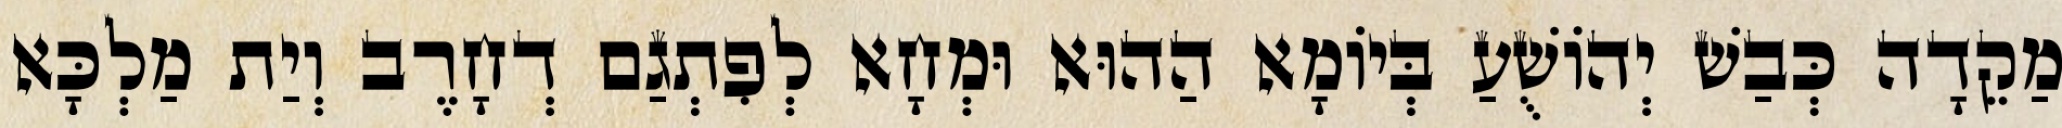
מַקֵדָה כְּבַשׁ יְהוֹשֻׁעַ בְּיוֹמָא הַהוּא וּמְחָא לְפִתְגַם דְחָרֶב וְיַת מַלְכָּא